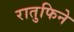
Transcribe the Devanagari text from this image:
रातुफिने